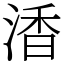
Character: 㴡